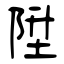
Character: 陞